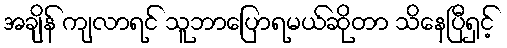
အချိန် ကျလာရင် သူဘာပြောရမယ်ဆိုတာ သိနေပြီရှင့်